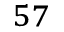
^ { 5 7 }